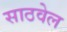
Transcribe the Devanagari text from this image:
साठवेल